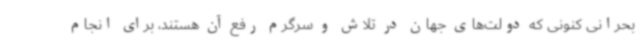
بحرانی کنونی که دولت‌های جهان در تلاش و سرگرم رفع آن هستند، برای انجام